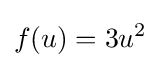
f(u)=3u^{2}